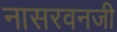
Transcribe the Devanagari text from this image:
नासरवनजी